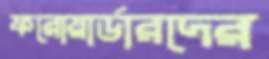
ফরোয়ার্ডারদের